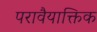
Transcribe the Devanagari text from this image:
परावैयाक्तिक